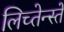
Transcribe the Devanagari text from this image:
लिच्तेन्स्तें